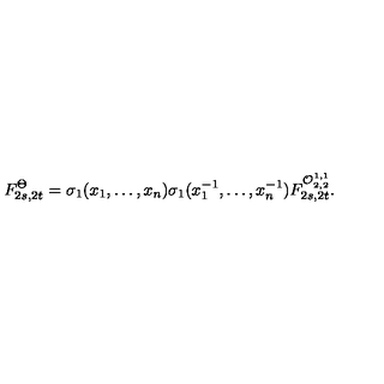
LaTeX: F _ { 2 s , 2 t } ^ { \Theta } = \sigma _ { 1 } ( x _ { 1 } , \ldots , x _ { n } ) \sigma _ { 1 } ( x _ { 1 } ^ { - 1 } , \ldots , x _ { n } ^ { - 1 } ) F _ { 2 s , 2 t } ^ { { \cal O } _ { 2 , 2 } ^ { 1 , 1 } } .